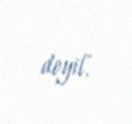
deyil.